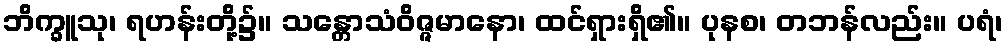
ဘိက္ခူသု၊ ရဟန်းတို့၌။ သန္တောသံဝိဇ္ဇမာနော၊ ထင်ရှားရှိ၏။ ပုနစ၊ တဘန်လည်း။ ပရံ၊